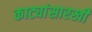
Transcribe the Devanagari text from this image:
काट्यांसारखी